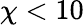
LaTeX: \chi<10